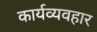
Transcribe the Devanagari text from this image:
कार्यव्यवहार